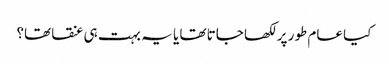
کیا عام طور پر لکھا جاتا تھا یا یہ بہت ہی عنقا تھا؟